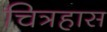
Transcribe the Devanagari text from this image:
चित्रहास